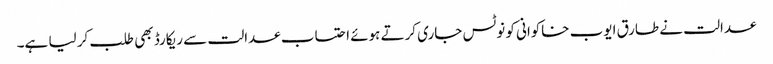
عدالت نے طارق ایوب خاکوانی کو نوٹس جاری کرتے ہوئے احتساب عدالت سے ریکارڈ بھی طلب کر لیا ہے۔